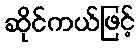
ဆိုင်ကယ်ဖြင့်